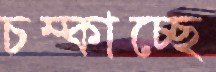
চম্‌কাচ্ছে